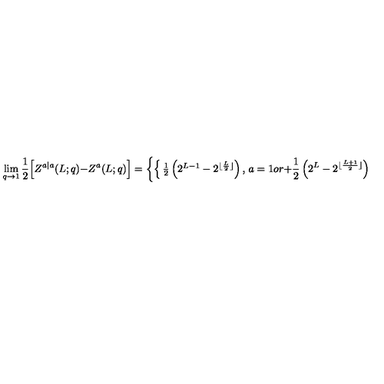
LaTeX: \lim _ { q \to 1 } { \frac { 1 } { 2 } } \Big [ Z ^ { a | a } ( L ; q ) - Z ^ { a } ( L ; q ) \Big ] = \left\{ \begin{cases} { \frac { 1 } { 2 } \left( 2 ^ { L - 1 } - 2 ^ { \lfloor \frac { L } { 2 } \rfloor } \right) , } & { a = 1 o r + } \\ { \frac { 1 } { 2 } \left( 2 ^ { L } - 2 ^ { \lfloor \frac { L + 1 } { 2 } \rfloor } \right) , } & { a = 2 o r F } \\ \end{cases} \right.